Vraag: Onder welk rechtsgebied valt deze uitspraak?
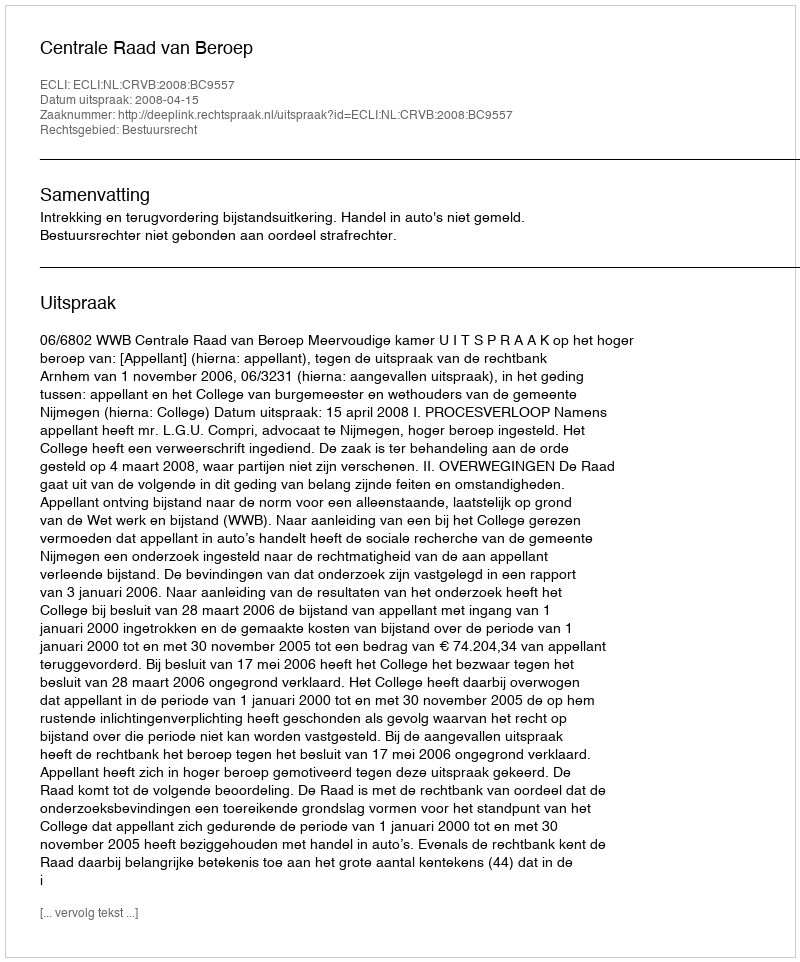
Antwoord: Bestuursrecht